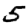
Digit: 5